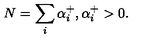
N = \sum _ { i } \alpha _ { i } ^ { + } , \alpha _ { i } ^ { + } > 0 .